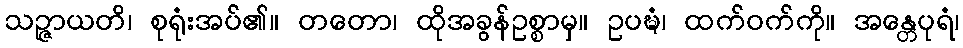
သဉ္ဇာယတိ၊ စုရုံးအပ်၏။ တတော၊ ထိုအခွန်ဥစ္စာမှ။ ဥပဍ္ဎံ၊ ထက်ဝက်ကို။ အန္တေပုရံ၊